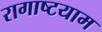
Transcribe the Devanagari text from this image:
रागाष्टयाम